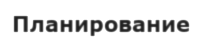
Планирование